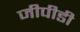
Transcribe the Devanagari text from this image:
जीपीडी